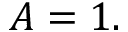
A = 1 .